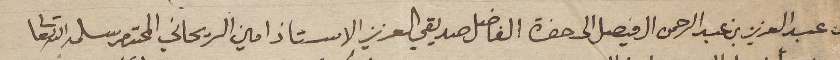
من عبد العزيز بن عبد الرحمن ال فيصل الى حضرة الفاضل صديقي العزيز الاستاذ امين الريحاني المحترم سلمه الله تعالى